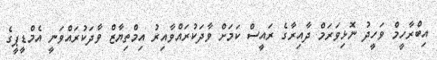
އިބްރާހީމް ވަހީދު ނޮޅިވަރަމް ދާއިރާގެ ރައީސް ކަމަށް ވާދަކުރައްވާއިރު އިމްތިޔާޒް ވާދަކުރައްވަނީ އެމްޑީޕީގެ